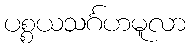
ပစ္စယသင်္ဂဟမူလာ